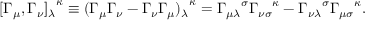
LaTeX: [ \Gamma _ { \mu } , \Gamma _ { \nu } { ] _ { \lambda } } ^ { \kappa } \equiv ( \Gamma _ { \mu } \Gamma _ { \nu } - \Gamma _ { \nu } \Gamma _ { \mu } { ) _ { \lambda } } ^ { \kappa } = { \Gamma _ { \mu \lambda } } ^ { \sigma } { \Gamma _ { \nu \sigma } } ^ { \kappa } - { \Gamma _ { \nu \lambda } } ^ { \sigma } { \Gamma _ { \mu \sigma } } ^ { \kappa } .